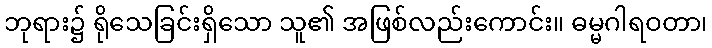
ဘုရား၌ ရိုသေခြင်းရှိသော သူ၏ အဖြစ်လည်းကောင်း။ ဓမ္မဂါရဝတာ၊